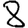
Digit: 8